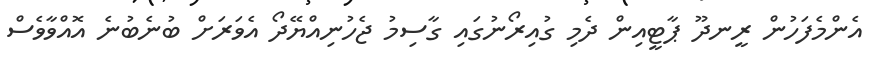
އެންމެފަހުން ރީނދޫ ޕާޓީއިން ދެމި ގުއިރޯނުގައި ގާސިމު ޖެހުނިއްޔޭދޯ އެވަރަށް ބުނެބުނެ އޮއްވާވެސް